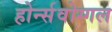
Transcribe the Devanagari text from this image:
होर्न्सवोग्गल